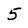
Character: 5